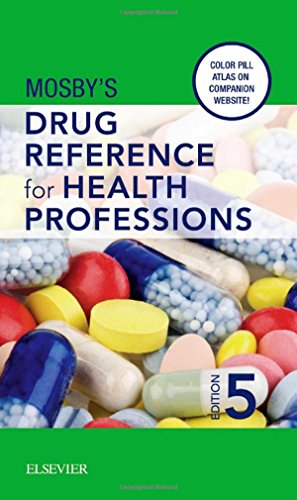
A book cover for Mosby's Drug Reference for Health Professions, 5e; Mosby; Medical Books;